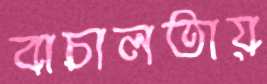
বাচালতায়